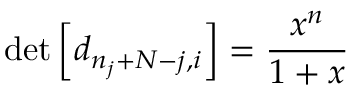
\operatorname * { d e t } \left[ d _ { n _ { j } + N - j , i } \right] = \frac { x ^ { n } } { 1 + x }